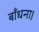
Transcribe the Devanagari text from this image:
बाँधना।